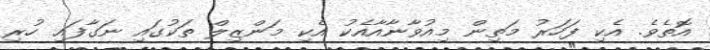
އޮތެވެ. އެކި ފަހަރު މަތިން މިއުވާނާއާއެކު އެކި މަންޒިލް ތަކުގައި ނަގާފައި ހުރި